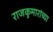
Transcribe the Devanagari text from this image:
राजकुमारांच्या